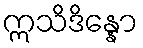
ဣသိဒိန္နော